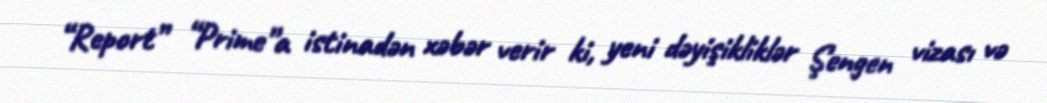
“Report” “Prime”a istinadən xəbər verir ki, yeni dəyişikliklər Şengen vizası və